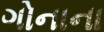
ગોનાના